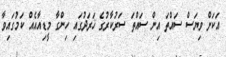
އަކަށް ވިޔަސް ސައްތަ އިން ސައްތަ ސަރުކާރުގެ ޚަރަދުގައި ހިންގާ މީޑިއާއެއް ކަމުގައިވާ